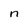
Character: n